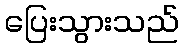
ပြေးသွားသည်